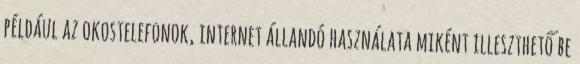
például az okostelefonok, internet állandó használata miként illeszthető be